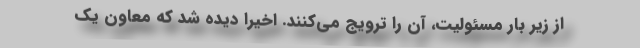
از زیر بار مسئولیت، آن را ترویج می‌کنند. اخیراً دیده شد که معاون یک